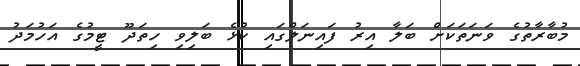
މުބާރާތުގެ ވަނަތަކަށް ބަލާ އިރު ފައިނަލްގައި ކުޅެ ބަލިވި ހިތަދޫ ޓީމުގެ އަހުމަދު